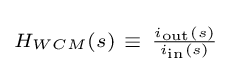
\scriptstyle H_{WCM}\left(s\right)~\equiv ~{\frac {i_{\text{out}}\left(s\right)}{i_{\text{in}}\left(s\right)}}